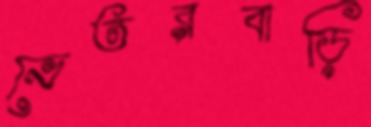
ভেতরবাড়ি